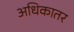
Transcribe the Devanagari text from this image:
अधिकातर